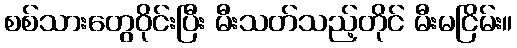
စစ်သားတွေဝိုင်းပြီး မီးသတ်သည့်တိုင် မီးမငြိမ်း။